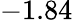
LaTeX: -1.84